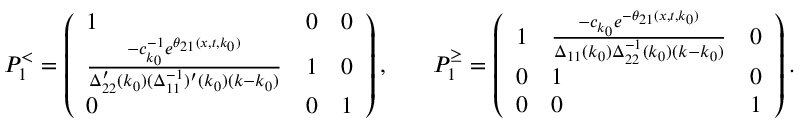
\begin{array} { r l r l } & { P _ { 1 } ^ { < } = \left( \begin{array} { l l l } { 1 } & { 0 } & { 0 } \\ { \frac { - c _ { k _ { 0 } } ^ { - 1 } e ^ { \theta _ { 2 1 } ( x , t , k _ { 0 } ) } } { \Delta _ { 2 2 } ^ { \prime } ( k _ { 0 } ) ( \Delta _ { 1 1 } ^ { - 1 } ) ^ { \prime } ( k _ { 0 } ) ( k - k _ { 0 } ) } } & { 1 } & { 0 } \\ { 0 } & { 0 } & { 1 } \end{array} \right) , } & & { P _ { 1 } ^ { \geq } = \left( \begin{array} { l l l } { 1 } & { \frac { - c _ { k _ { 0 } } e ^ { - \theta _ { 2 1 } ( x , t , k _ { 0 } ) } } { \Delta _ { 1 1 } ( k _ { 0 } ) \Delta _ { 2 2 } ^ { - 1 } ( k _ { 0 } ) ( k - k _ { 0 } ) } } & { 0 } \\ { 0 } & { 1 } & { 0 } \\ { 0 } & { 0 } & { 1 } \end{array} \right) . } \end{array}